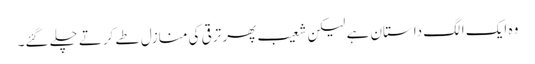
وہ ایک الگ داستان ہے لیکن شعیب پھر ترقی کی منازل طے کرتے چلے گئے۔